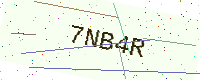
Text: 7NB4R